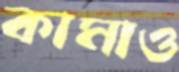
কামাও